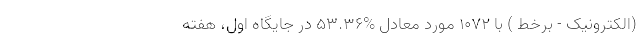
(الکترونیک - برخط ) با ۱۰۷۲ مورد معادل %۵۳.۳۶ در جایگاه اول، هفته